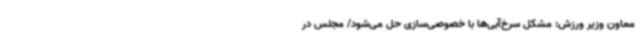
معاون وزیر ورزش: مشکل سرخ‌آبی‌ها با خصوصی‌سازی حل می‌شود/ مجلس در